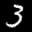
Label: 3